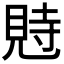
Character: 𧠴